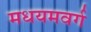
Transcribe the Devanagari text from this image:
मधयमवर्ग